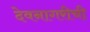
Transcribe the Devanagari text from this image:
देवनागरीची